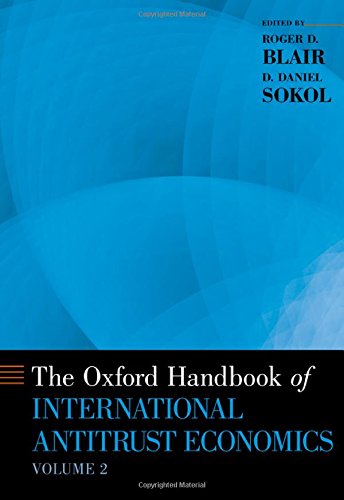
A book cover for The Oxford Handbook of International Antitrust Economics, Volume 2 (Oxford Handbooks); Law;